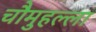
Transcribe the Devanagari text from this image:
चौमुहल्ला